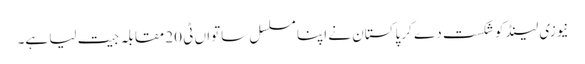
نیوزی لینڈ کو شکست دے کر پاکستان نے اپنا مسلسل ساتواں ٹی 20 مقابلہ جیت لیا ہے۔